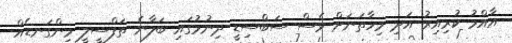
އާއްމު ކުރިއިރު އަދި މިހާތަނަށް ވެސް ސަބްސިޑީ ދިނުމުގައި ބަލާނެ ތަފްސީލީ މިންގަނޑެއް